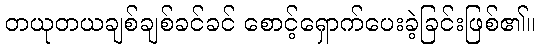
တယုတယချစ်ချစ်ခင်ခင် စောင့်ရှောက်ပေးခဲ့ခြင်းဖြစ်၏။